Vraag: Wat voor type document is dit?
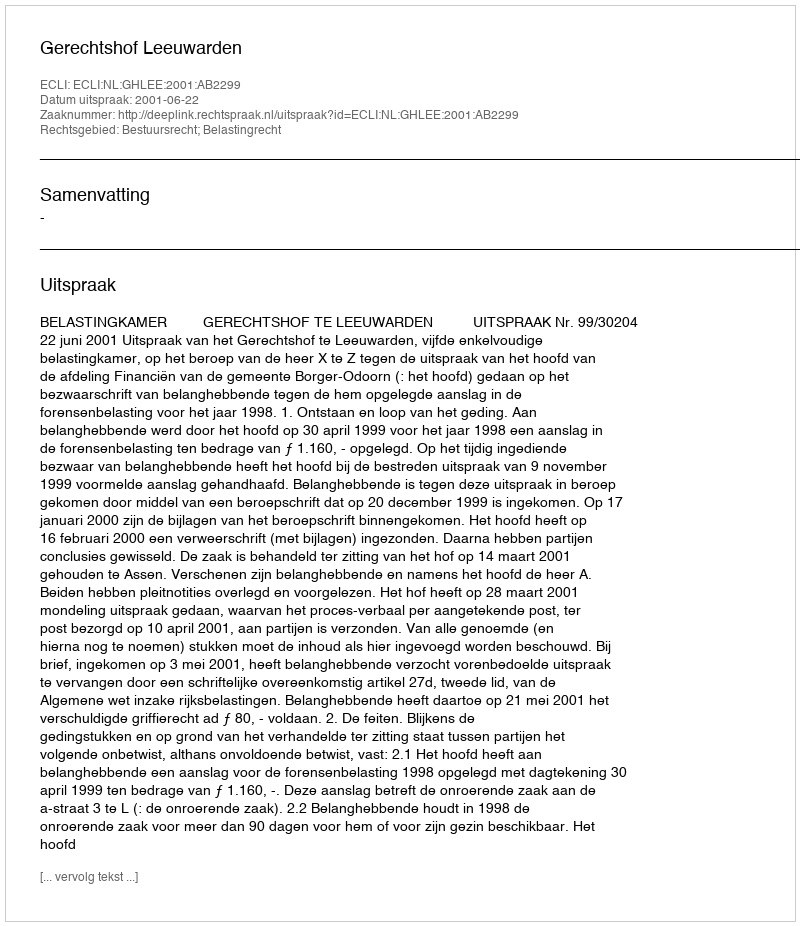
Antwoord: Uitspraak